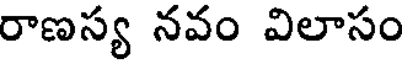
రాణస్య నవం విలాసం